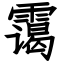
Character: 霭